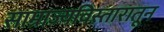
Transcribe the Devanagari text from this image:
साम्राज्यविस्तारातून